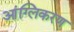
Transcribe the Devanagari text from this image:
आंग्लिकरण